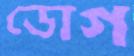
ডোগ